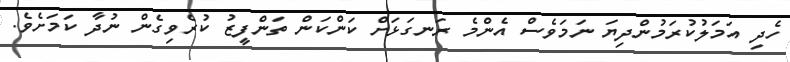
ހެދި އަމަލުކުރަމުންދިޔަ ނަމަވެސް އެންމެ ރަނގަޅަށް ކަންކަން ތަންފީޒު ކުރެވިގެން ނުދާ ކަމަށެވެ.